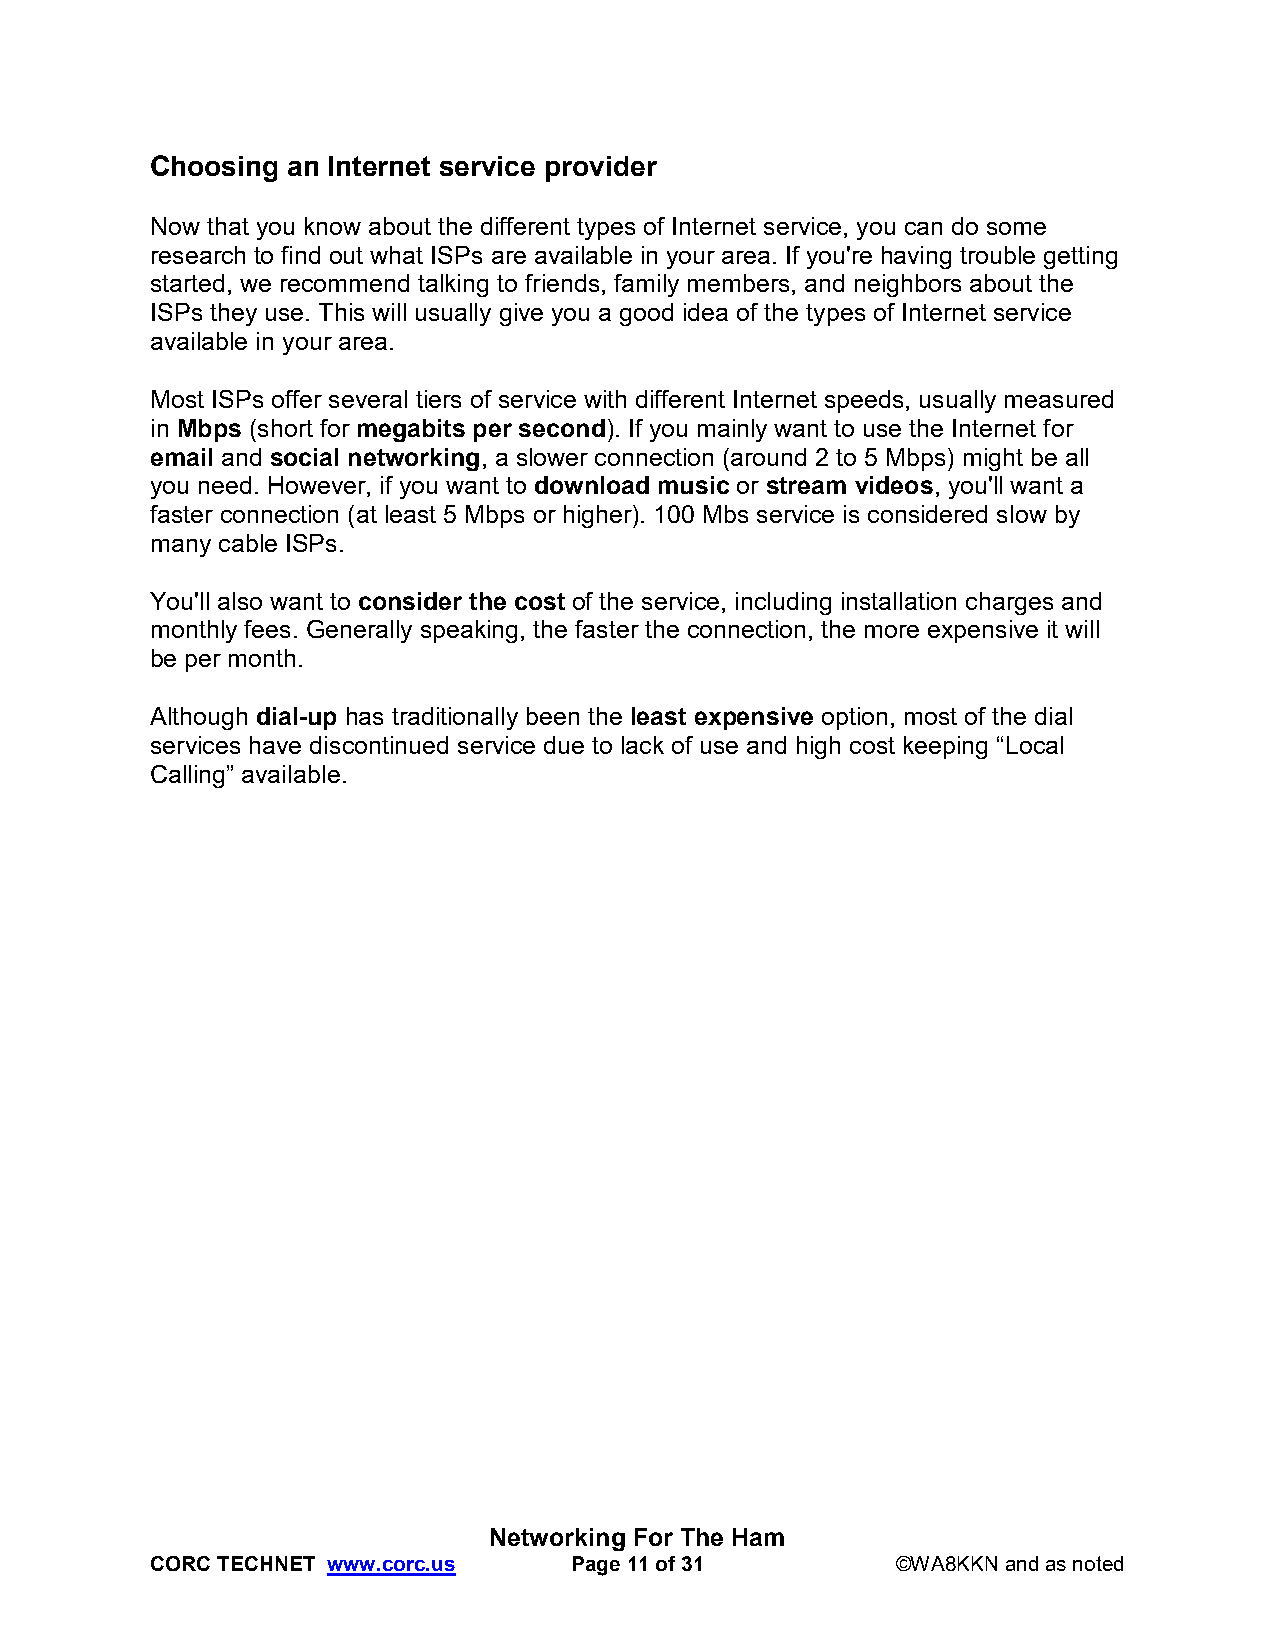
Choosing an Internet service provider
 Now that you know about the different types of Internet service, you can do some
 research to find out what ISPs are available in your area. If you're having trouble getting
 started, we recommend talking to friends, family members, and neighbors about the
 ISPs they use. This will usually give you a good idea of the types of Internet service
 available in your area.
 Most ISPs offer several tiers of service with different Internet speeds, usually measured
 in Mbps (short for megabits per second). If you mainly want to use the Internet for
 email and social networking, a slower connection (around 2 to 5 Mbps) might be all
 you need. However, if you want to download music or stream videos, you'll want a
 faster connection (at least 5 Mbps or higher). 100 Mbs service is considered slow by
 many cable ISPs.
 You'll also want to consider the cost of the service, including installation charges and
 monthly fees. Generally speaking, the faster the connection, the more expensive it will
 be per month.
 Although dial-up has traditionally been the least expensive option, most of the dial
 services have discontinued service due to lack of use and high cost keeping “Local
 Calling” available.
 Networking For The Ham
 CORC TECHNET www.corc.us    Page 11 of 31        ©WA8KKN and as noted